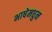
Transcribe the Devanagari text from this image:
भाषेमधुन